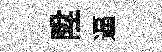
陞逼